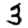
Digit: 3